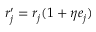
r _ { j } ^ { \prime } = r _ { j } ( 1 + \eta e _ { j } )